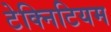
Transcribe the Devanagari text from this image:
टेक्निटियम